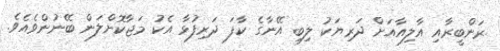
ރަންބީރާއި އާލިއާއަށް ދަރިޔަކު ލިބި އޭނާގެ ކާފަ ދަރިފުުޅާ އެކު މަޖާކޮށްލަން ބޭނުންވެއެވެ.